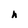
Character: h